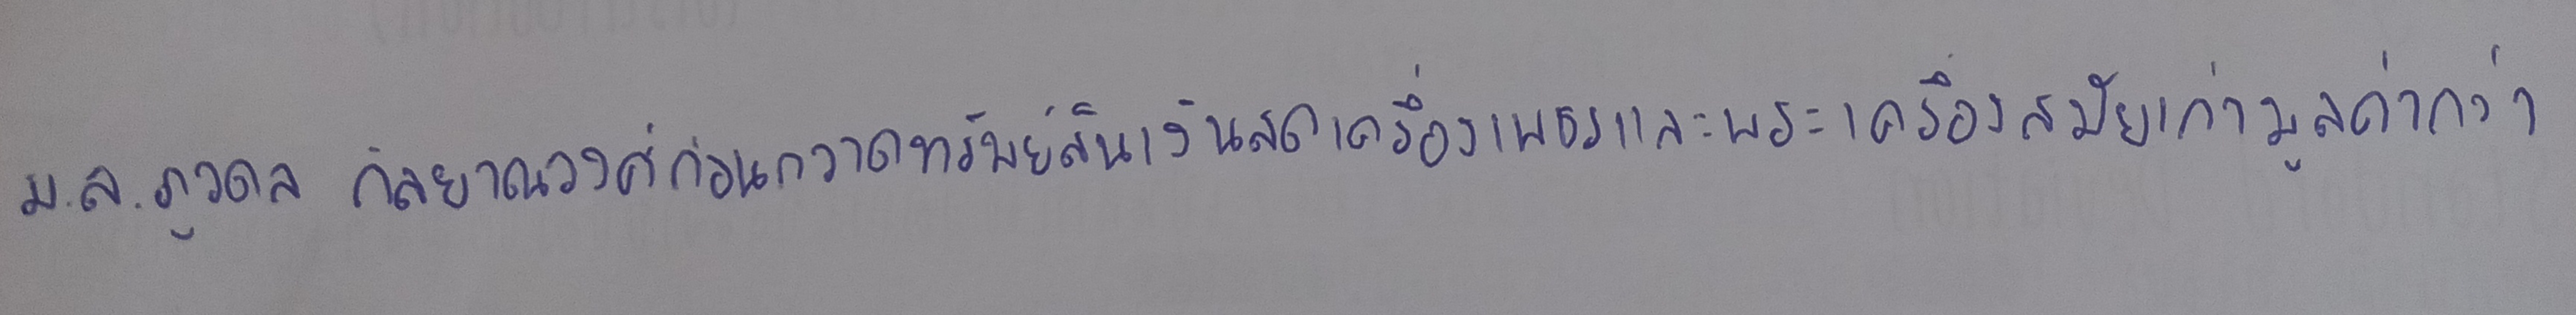
ม.ล.ภูวดล กัลยาณวงศ์ก่อนกวาดทรัพย์สินเงินสดเครื่องเพชรและพระเครื่องสมัยเก่ามูลค่ากว่า